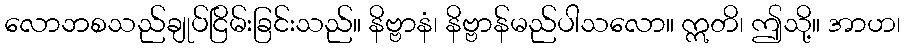
လောဘစသည်ချုပ်ငြိမ်းခြင်းသည်။ နိဗ္ဗာနံ၊ နိဗ္ဗာန်မည်ပါသလော။ ဣတိ၊ ဤသို့။ အာဟ၊